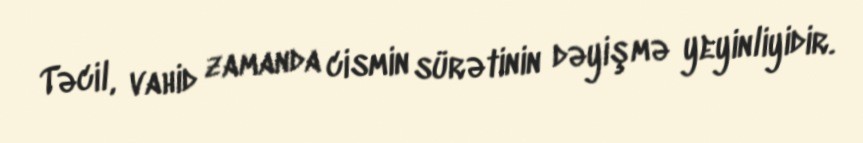
Təcil, vahid zamanda cismin sürətinin dəyişmə yeyinliyidir.